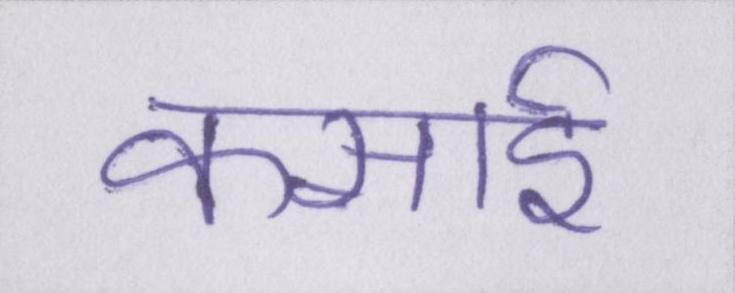
कसाई